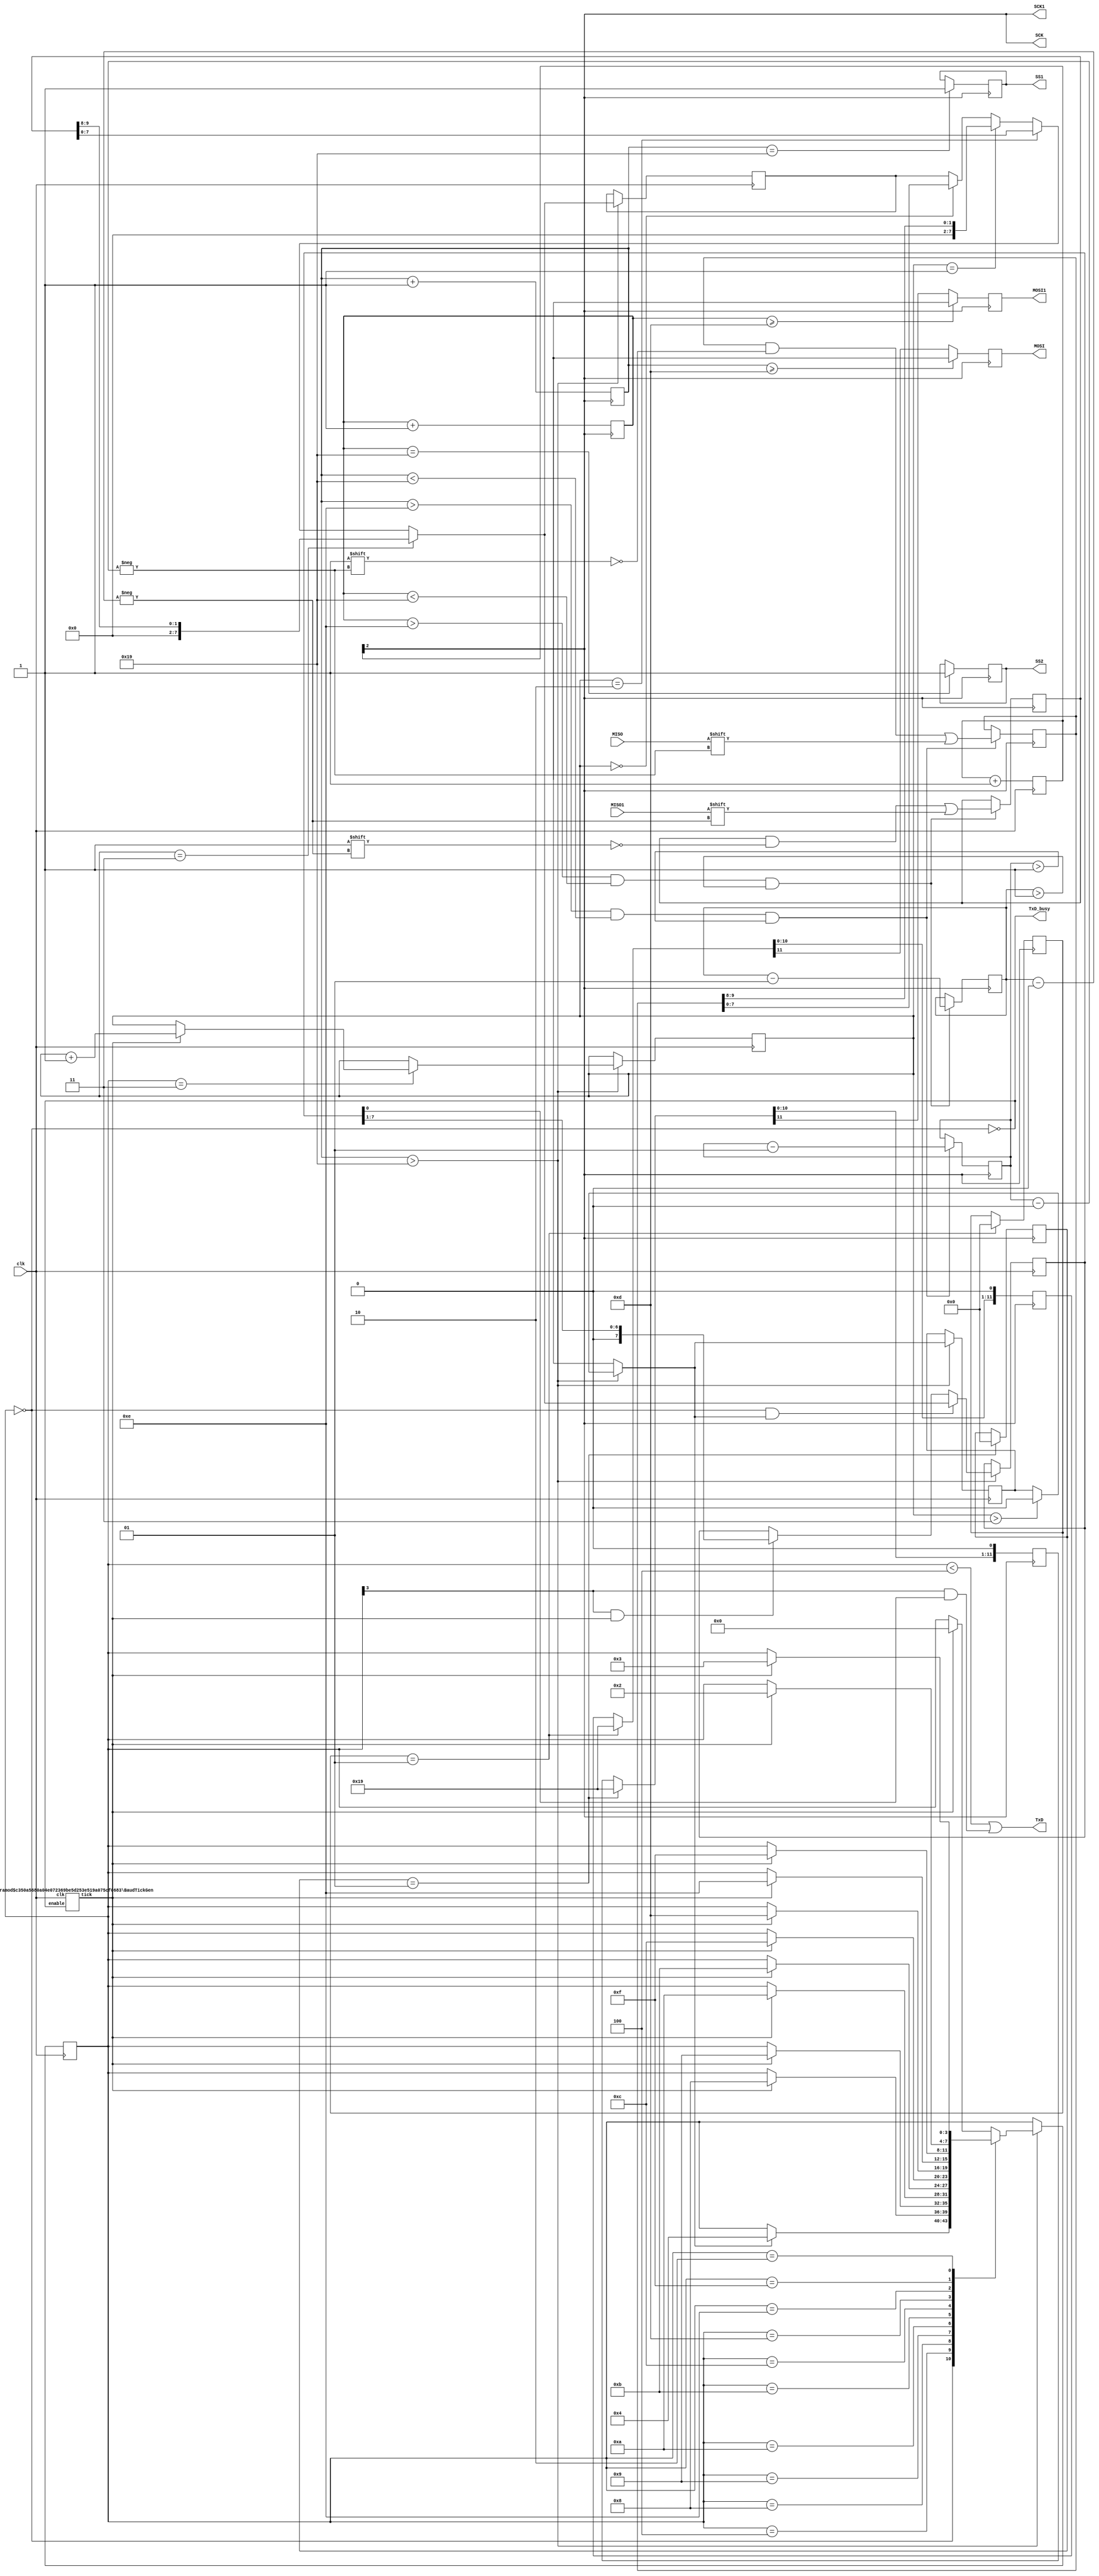
module two_adc(
	input clk,
	//input TxD_start,
	output TxD,
	output TxD_busy,
	output SCK,
	output reg SS1=0,
    output reg MOSI,
    input MISO,
	output SCK1,
	output reg SS2=0,
    output reg MOSI1,
    input MISO1
);
reg TxD_start;
reg [11:0]data;
reg [11:0]data1;
integer s1=1;
reg [2:0] m;
integer g=0;
//reg TxD_start=1;
reg [27:0] counter=0;
reg [9:0] code [0:4];
reg [9:0] voltage [0:4];
reg [9:0] power [0:4];
reg [2:0] d=001;
reg [2:0] d1=001;
integer s=1;
reg [9:0]p;
reg [7:0] TxD_data;
reg [7:0] TxD_data1;
reg [7:0]count1=0;
reg [7:0]count3=0;
integer i=9;
integer i1=9;
integer k=9;
integer j=4;
reg [2:0]count2;
reg [1:0]count4=0;
reg [9:0] memory1;
reg [9:0] memory2;
// Assert TxD_start for (at least) one clock cycle to start transmission of TxD_data
// TxD_data is latched so that it doesn't have to stay valid while it is being sent

//reg [7:0] TxD_data;
//reg [3:0] count;
integer z=1;
integer y=1;


parameter ClkFrequency = 25000000;	// 25MHz
parameter Baud = 115200;

generate
	if(ClkFrequency<Baud*8 && (ClkFrequency % Baud!=0)) ASSERTION_ERROR PARAMETER_OUT_OF_RANGE("Frequency incompatible with requested Baud rate");
endgenerate

////////////////////////////////
`ifdef SIMULATION
wire BitTick = 1'b1;  // output one bit per clock cycle
`else
wire BitTick;
BaudTickGen #(ClkFrequency, Baud) tickgen(.clk(clk), .enable(TxD_busy), .tick(BitTick));
`endif

reg [3:0] TxD_state = 0;
wire TxD_ready = (TxD_state==0);
assign TxD_busy = ~TxD_ready;

reg [7:0] TxD_shift = 0;

/*always @(posedge clk & count==0)
begin
	TxD_data<=8'b01010101;
	count<=4'd10;
end*/
initial begin
SS1=0;
SS2=0;
m=0;
count2=0;
TxD_start=1;
//voltage[0]=10'd5;
//voltage[1]=10'd4;
//voltage[2]=10'd3;
//voltage[3]=10'd2;
//voltage[4]=10'd1;
//code[0]=10'b1111111111;
//code[1]=10'b1100110011;
//code[2]=10'b1001100110;
//code[3]=10'b0110011001;
//code[4]=10'b0011001100;
//power[0]=10'd45;
//power[1]=10'd50;
//power[2]=10'd75;
//power[3]=10'd80;
//power[4]=10'd20;
end

always @(posedge clk)begin
m<=m+1;
end
assign SCK=m[2];
assign SCK1=m[2];

always@(negedge SCK)
begin
if(s==1)begin
if(d==000)begin
data=12'b000000011000;
end
else if(d==001)begin
data=12'b000000011001;
end
else if(d==010)begin
data=12'b000000011010;
end

else if(d==011)begin
data=12'b000000011011;
end
else if(d==100)begin
data=12'b000000011100;
end
else if(d==101)begin
data=12'b000000011101;
end
else if(d==110)begin
data=12'b000000011110;
end
else if(d==111)begin
data=12'b000000011111;
end


s=0;
end
MOSI = data[11];
data = data<<1;
if(count1>=13)begin
MOSI=1'bx;
end
end

always@(negedge SCK1)
begin
if(s1==1)begin
if(d1==000)begin
data1=12'b000000011000;
end
else if(d1==001)begin
data1=12'b000000011001;
end
else if(d1==010)begin
data1=12'b000000011010;
end

else if(d1==011)begin
data1=12'b000000011011;
end
else if(d1==100)begin
data1=12'b000000011100;
end
else if(d1==101)begin
data1=12'b000000011101;
end
else if(d1==110)begin
data1=12'b000000011110;
end
else if(d1==111)begin
data1=12'b000000011111;
end


s1=0;
end
MOSI1 = data1[11];
data1 = data1<<1;
if(count3>=13)begin
MOSI1=1'bx;
end
end

always@(posedge SCK)begin
  if(count1>14 && count1<25 && i>-1)begin
 memory1[i]<=MISO;// data to be compared with table 
  i<=i-1;
  end
  count1<=count1+1;
  if(count1==25)begin
   SS1<=1;
  end
end

always@(posedge SCK1)begin
  if(count3>14 && count3<25 && i1>-1)begin
 memory2[i1]<=MISO1;// data to be compared with table 
  i1<=i1-1;
  end
  count3<=count3+1;
  if(count3==25)begin
   SS2<=1;
  end
end

always @(posedge clk)
begin

//if(count1>25 && count1<199)begin
if(count1>25)begin
   if(count2==0)begin
   //if((count2==0 && z==1))begin
   TxD_data={memory1[7],memory1[6],memory1[5],memory1[4],memory1[3],memory1[2],memory1[1],memory1[0]};
   
   //z=0;
  end 
  
 if(count2==1)begin
//else if((count2==1 && y==1))begin
  TxD_data={g,g,g,g,g,g,memory1[9],memory1[8]};
  //y=0;
  end
  if(count2==2)begin
   //if((count2==0 && z==1))begin
   TxD_data={memory2[7],memory2[6],memory2[5],memory2[4],memory2[3],memory2[2],memory2[1],memory2[0]};
   
   //z=0;
  end 
   if(count2==3)begin
//else if((count2==1 && y==1))begin
  TxD_data={g,g,g,g,g,g,memory2[9],memory2[8]};
  //y=0;
  end
  
  if(count2>3)begin
		TxD_start=0;
		end
  
	if(TxD_ready & TxD_start)
		TxD_shift <= TxD_data;
	
	else
	if(TxD_state[3] & BitTick)
		TxD_shift <= (TxD_shift >> 1);

	case(TxD_state)
		4'b0000: if(TxD_start) begin
		          TxD_state <= 4'b0100;
		          end
		4'b0100: if(BitTick)begin
		         TxD_state <= 4'b1000;  // start bit
		         end
		4'b1000: if(BitTick) begin
		         TxD_state <= 4'b1001;  // bit 0
		         end
		4'b1001: if(BitTick)begin
		 TxD_state <= 4'b1010;  // bit 1
		 end
		4'b1010: if(BitTick)begin
		 TxD_state <= 4'b1011;  // bit 2
		 end
		4'b1011: if(BitTick)begin 
		TxD_state <= 4'b1100;  // bit 3
		end
		4'b1100: if(BitTick)begin
		 TxD_state <= 4'b1101;  // bit 4
		 end
		4'b1101: if(BitTick)begin TxD_state <= 4'b1110;  // bit 5
		end
		4'b1110: if(BitTick)begin
		 TxD_state <= 4'b1111;  // bit 6
		 end
		4'b1111: if(BitTick)begin
		 TxD_state <= 4'b0010;  // bit 7
		  
		end
		4'b0010: if(BitTick)begin
		 TxD_state <= 4'b0011;  // stop1
		 end
		4'b0011: if(BitTick) begin
		        
		         TxD_state <= 4'b0000;  // stop2
		         count2<=count2+1;
		         
		         end
		default: if(BitTick) TxD_state <= 4'b0000;
	endcase
end
end

assign TxD = (TxD_state<4) | (TxD_state[3] & TxD_shift[0]);  // put together the start, data and stop bits

endmodule 

module BaudTickGen(
	input clk, enable,
	output tick  // generate a tick at the specified baud rate * oversampling
);
parameter ClkFrequency = 25000000;
parameter Baud = 115200;
parameter Oversampling = 1;

function integer log2(input integer v); begin log2=0; while(v>>log2) log2=log2+1; end endfunction
localparam AccWidth = log2(ClkFrequency/Baud)+8;  // +/- 2% max timing error over a byte
reg [AccWidth:0] Acc = 0;
localparam ShiftLimiter = log2(Baud*Oversampling >> (31-AccWidth));  // this makes sure Inc calculation doesn't overflow
localparam Inc = ((Baud*Oversampling << (AccWidth-ShiftLimiter))+(ClkFrequency>>(ShiftLimiter+1)))/(ClkFrequency>>ShiftLimiter);
always @(posedge clk) if(enable) Acc <= Acc[AccWidth-1:0] + Inc[AccWidth:0]; else Acc <= Inc[AccWidth:0];
assign tick = Acc[AccWidth];
endmodule